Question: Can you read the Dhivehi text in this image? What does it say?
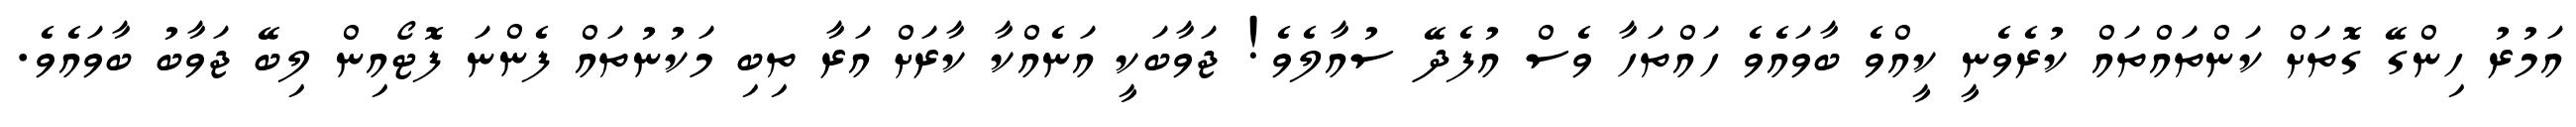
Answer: އަމުރު ހިންގޭ ގޮތަށް ކަންތައްތައް ކުރެވެނީ ކީއްވެ ބާވައެވެ ހައްތަހާ ވެސް އުފެދޭ ސުއާލެވެ! ޖަވާބަކީ އަނެއްކާ ކާރަށް އަރާ ތިބި މަކުނުތައް ފެންނަ ފޮޓޯއިން ލިބޭ ޖަވާބު ބާވައެވެ.